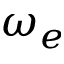
\omega _ { e }